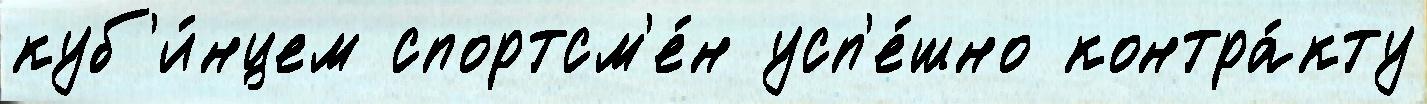
куб'и́нцем спортсм'е́н усп'е́шно контра́кту